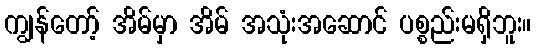
ကျွန်တော့် အိမ်မှာ အိမ် အသုံးအဆောင် ပစ္စည်းမရှိဘူး။